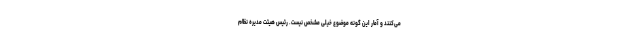
می‌کنند و آمار این گونه موضوع خیلی مشخص نیست. رئیس هیئت مدیره نظام